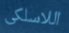
اللاسلكى